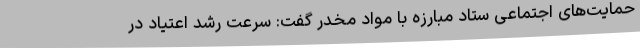
حمایت‌های اجتماعی ستاد مبارزه با مواد مخدر گفت: سرعت رشد اعتیاد در